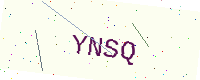
Text: YNSQ